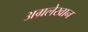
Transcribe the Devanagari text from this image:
अग्रलेखान